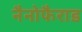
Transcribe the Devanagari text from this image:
नैनोफैराड